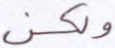
ولكن